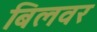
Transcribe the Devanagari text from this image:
बिलवर